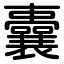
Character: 囊